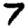
Digit: 7